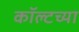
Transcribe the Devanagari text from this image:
कॉल्टच्या